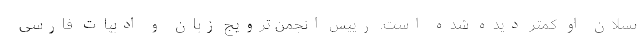
‌نسلان او کمتر دیده شده است. رییس انجمن ترویج زبان و ادبیات فارسی